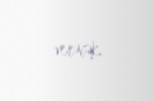
verəcək.